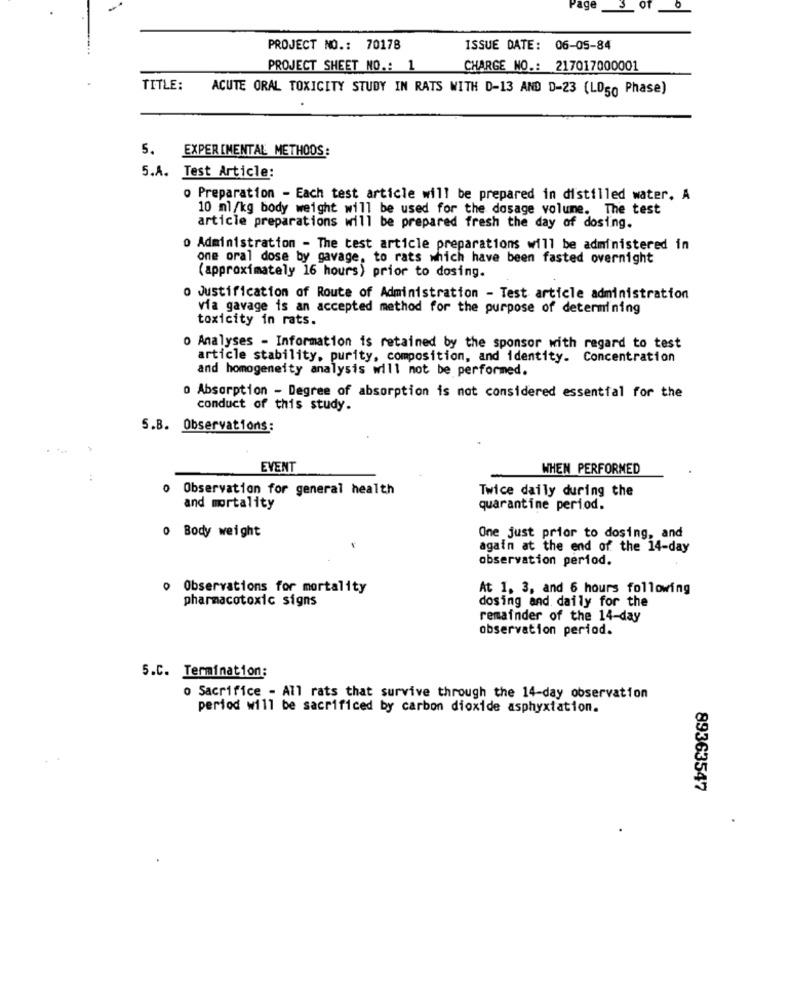
ade
OT
0
PROJECT NO .: 70178
ISSUE DATE: 06-05-84
PROJECT SHEET NO .: 1
CHARGE NO .: 217017000001
TITLE:
ACUTE ORAL TOXICITY STUDY IN RATS WITH D-13 AND D-23 (LD50 Phase)
5. EXPERIMENTAL METHODS:
5.A. Test Article:
o Preparation - Each test article will be prepared in distilled water. A
10 ml/kg body weight will be used for the dosage volume. The test
article preparations will be prepared fresh the day of dosing.
0 Administration - The test article preparations will be administered in
one oral dose by gavage, to rats which have been fasted overnight
(approximately 16 hours) prior to dosing.
o Justification of Route of Administration - Test article administration
via gavage is an accepted method for the purpose of determining
toxicity in rats.
0 Analyses - Information is retained by the sponsor with regard to test
article stability, purity, composition, and identity. Concentration
and homogeneity analysis will not be performed.
0 Absorption - Degree of absorption is not considered essential for the
conduct of this study.
5.B. Observations:
EVENT
WHEN PERFORMED
o Observation for general health
Twice daily during the
and mortality
quarantine period.
0 Body weight
One just prior to dosing, and
again at the end of the 14-day
observation period.
o Observations for mortality
At 1. 3, and 6 hours following
pharmacotoxic signs
dosing and daily for the
remainder of the 14-day
observation period.
5.C. Termination:
o Sacrifice - All rats that survive through the 14-day observation
period will be sacrificed by carbon dioxide asphyxiation.
89363547